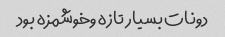
دونات بسیار تازه وخوشمزه بود